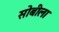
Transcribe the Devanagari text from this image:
सोबीला